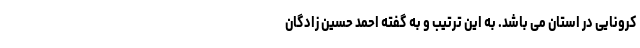
کرونایی در استان می باشد. به این ترتیب و به گفته احمد حسین زادگان